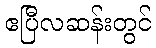
ဧပြီလဆန်းတွင်